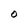
Character: O